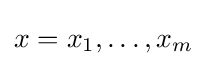
x=x_{1},\ldots ,x_{m}